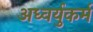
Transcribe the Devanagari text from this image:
अध्वर्युकर्म